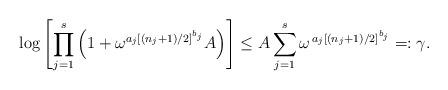
LaTeX: \begin{align*}\log\left[ \prod_{j=1}^s \left(1 + \omega^{a_j[(n_j+1)/2]^{b_j}} A \right)\right] \le A \sum_{j=1}^s\omega^{\,a_j[(n_j+1)/2]^{b_j}}=:\gamma.\end{align*}